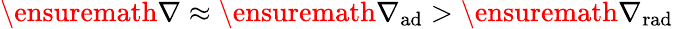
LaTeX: \ensuremath{\nabla}\approx\ensuremath{\nabla_{\mathrm{{ad}}}}>\ensuremath{\nabla_{\mathrm{{rad}}}}